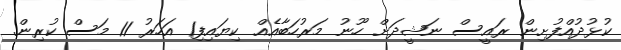
ކުޅުދުއްފުށިން ރައީސް ނަޝީދަށް ހޫނު މަރުހަބާއެއް ކިޔައިފި1 އަހަރު 11 މަސް ކުރިން.